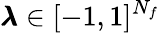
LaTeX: \pmb{\lambda}\in[-1,1]^{N_{f}}